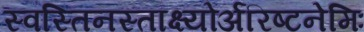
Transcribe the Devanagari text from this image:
स्वस्तिनस्ताक्ष्योर्अरिष्टनेमिः